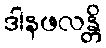
ဒါနဖလန္တိ